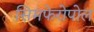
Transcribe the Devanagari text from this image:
सिमफेरोपोल